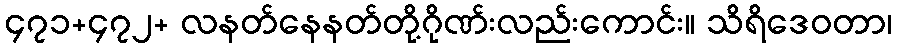
၄၇၁+၄၇၂+ လနတ်နေနတ်တို့ဂိုဏ်းလည်းကောင်း။ သိရိဒေဝတာ၊